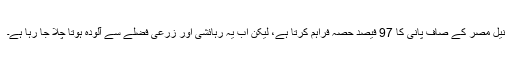
نیل مصر کے صاف پانی کا 97 فیصد حصہ فراہم کرتا ہے، لیکن اب یہ رہائشی اور زرعی فضلے سے آلودہ ہوتا چلا جا رہا ہے۔